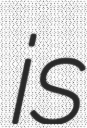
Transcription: is